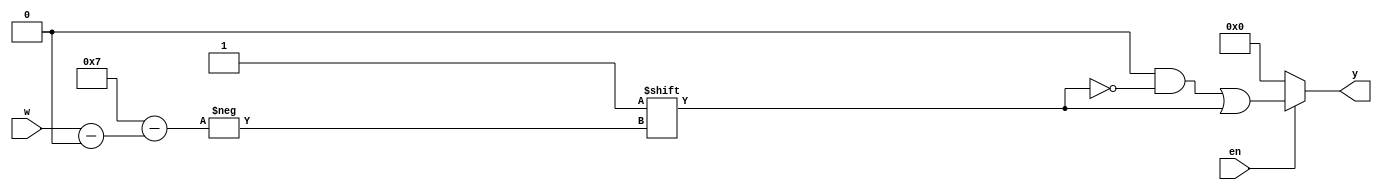
`timescale 1ns / 1ps
//////////////////////////////////////////////////////////////////////////////////
// Company: 
// Engineer: 
// 
// Design Name: 
// Module Name: decoder_generic
// Project Name: 
// Target Devices: 
// Tool Versions: 
// Description: 
// 
// Dependencies: 
// 
// Revision:
// Revision 0.01 - File Created
// Additional Comments:
// 
//////////////////////////////////////////////////////////////////////////////////


module decoder_generic
    #(parameter N = 3)(
    input [N - 1:0] w,
    input en,
    output reg [0: 2 ** N - 1] y
    );

    always @(w, en)
    begin
        y = 'b0; //default
        
        if (en)
            y[w] = 1'b1;
        else
            y = 'b0;
        
    end

endmodule